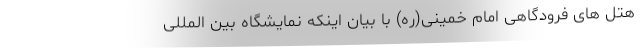
هتل های فرودگاهی امام خمینی(ره) با بیان اینکه نمایشگاه بین المللی